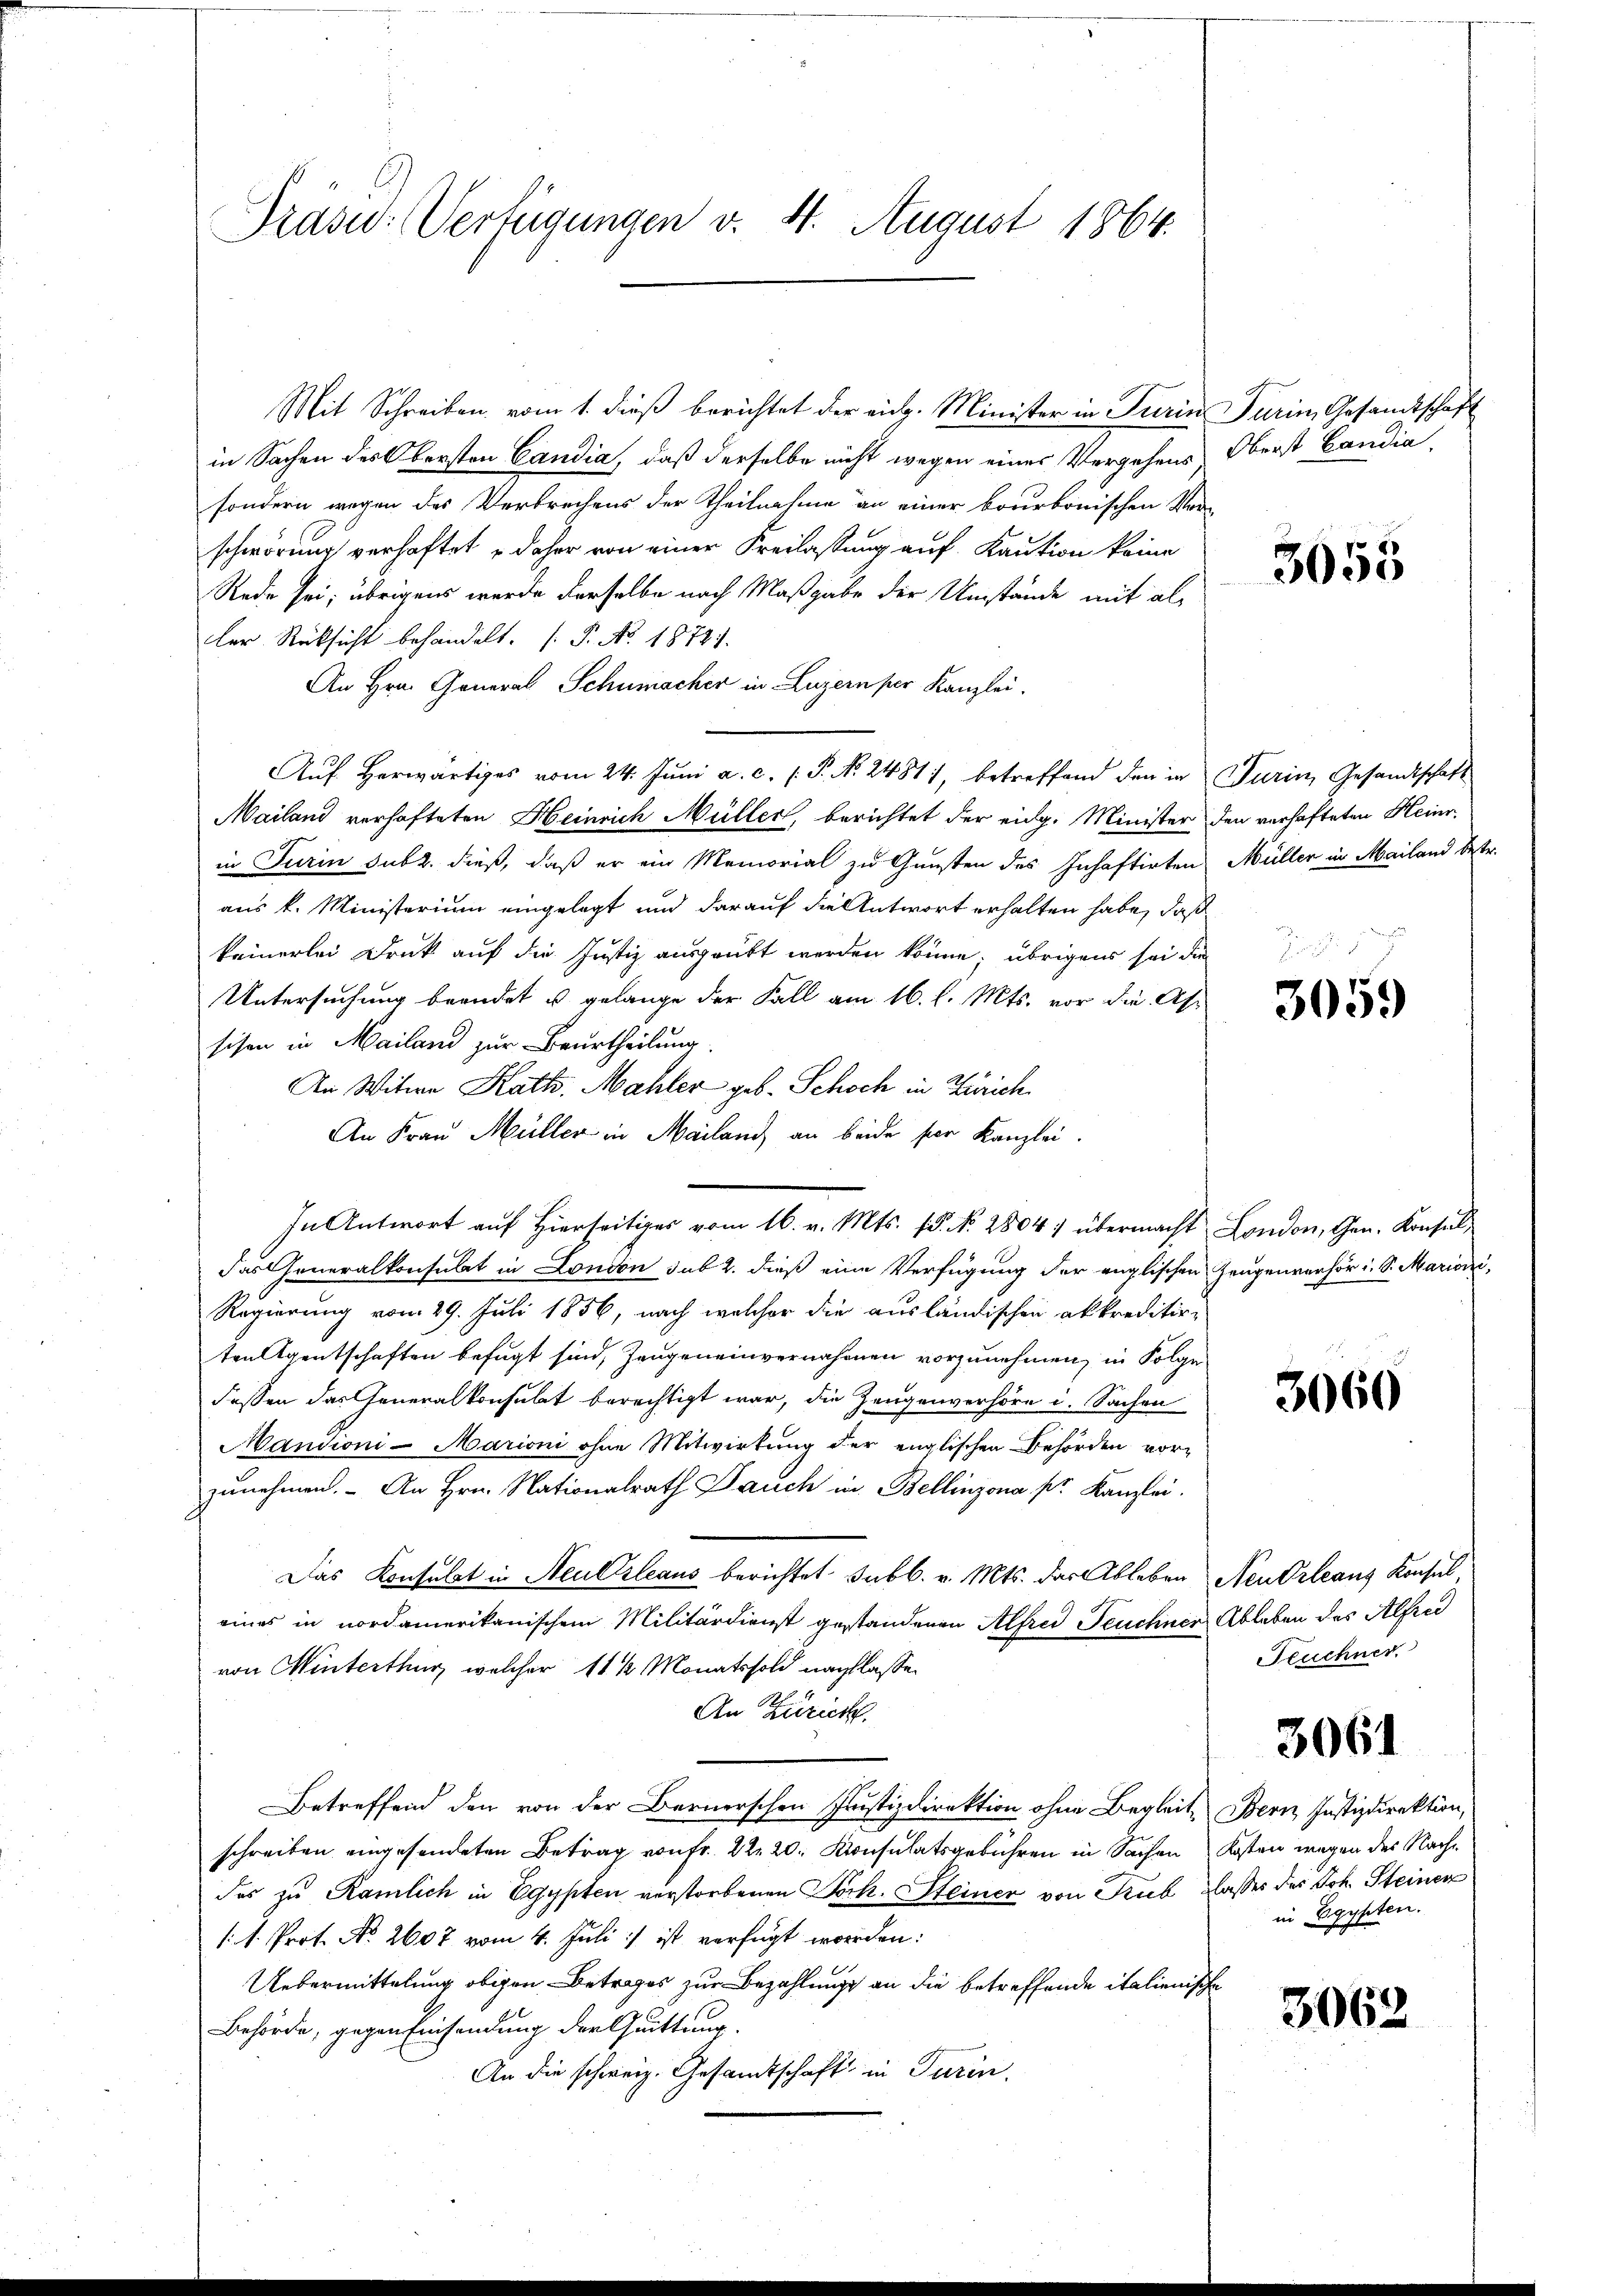
Drasu: Verfügungen v. 4. August 1864.

Mit Schreiben vom 1. dieß berichtet der eidg. Minister in Turin Turin Gesandtschaft
in Sachen des Obersten Candia, daß derselbe nicht wegen eines Vergehens
sondern wegen des Verbrechens der Theilnahme an einer bourbonischen Ver-
schwörung verhaftet – daher von einer Kreilassung auf Kaution keine
Rede sei; übrigens werde derselbe nach Maßgabe der Umstände mit aller Rücksicht behandelt. (T. No. 18721.
An Hrn. General Schumacher in Luzern per Kanzlei.
Aŭf herwärtiges vom 24. Jŭni a. c. P. No. 2481), betreffend den in Turin, Gesandtschaft
Mailand verhafteten Heinrich Müller, berichtet der eidg. Minister den verhafteten Heinrin Turin subt. dieß, daß er ein Memorial zu Gunsten des Inhaftirten Müller in Mailand betr.
aus k. Ministerium eingelegt und darauf die Antwort erhalten habe, daß
keinerlei Druck auf die Justiz ausgeübt werden könne; übrigens sei die
Untersuchung beendet u. gelange der Fall am 16. l. Mts. vor die As-
sison in Mailand zur Beurtheilung.
An Witwe Kath. Mahler geb. Schoch in Zürich
An Frau Müller in Mailand an beide per Kanzlei.
das Generalkonsulat in London sub 2. dieß eine Verfügung der englischen Zeugenverhör i. S. Mariani,
Regierung vom 29. Juli 1856, nach welcher die ausländischen akkreditir-
ten Agentschaften befugt sind, Zeugeneinvernahmen vorzunehmen, in Folge
dessen das Generalkonsulat berechtigt war, die Zeugenverhöre i. Sachen
Mandioni-Marioni ohne Mitwirkung der englischen Behörden vorzunehmen. – An Hrn. Nationalrath Dauch in Bellinzona pr. Kanzlei.
Das Konsulat in Neukleaus berichtet subb. v. Mts. der Ableben Neudrleans Konsul
eines in nordamerikanischem Militärdienst gestandenen Alfred Feuchner Ableben des Alfre
von Winterthur, welcher 11 ½ Monatssold nachlasse.
An Zürich
Betreffend den von der Bernerschen Justizdirektion ohne Begleit, Bern Justizdirektion,
schreiben eingesendeten Betrag von Fr. 22 20. Konsulatsgebühren in Sachen Kosten wegen der Nachdes zu Ramlich in Egypten verstorbenen Dock. Steiner von Sub Classes des Joh. Steiner
1: 1. Prot. No. 2607 vom 4. Juli:/ ist verfügt worden:
Uebermittelung obigen Betrages zur Bezahlung an die betreffende italienische
Behörde, gegen Einsendung der Quittung.
An die schweiz. Gesandtschaft in Turin,

In Antwort auf Hierseitiger vom 16. v. Mts. 1. No. 2804 übermacht. London, Gen. Konsul¬

Oberst Candia.

3055

3059

3060

Feuchner

3061

in Egypten.

3062